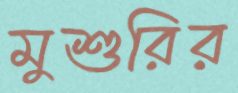
মুশুরির